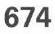
674